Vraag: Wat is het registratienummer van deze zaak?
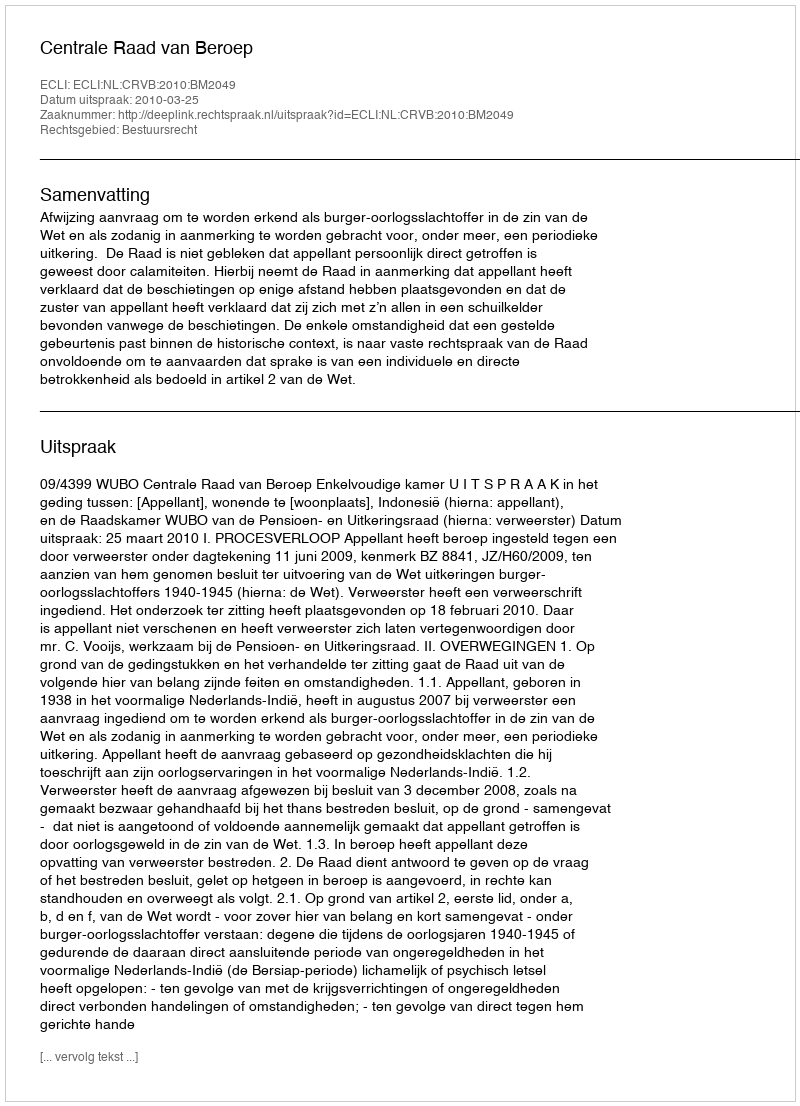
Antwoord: http://deeplink.rechtspraak.nl/uitspraak?id=ECLI:NL:CRVB:2010:BM2049